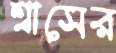
শ্বাসের